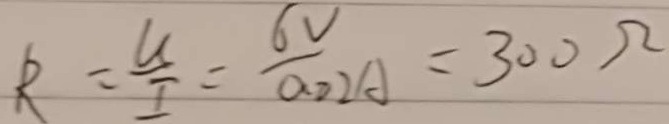
R = \frac { U } { I } = \frac { 6 V } { a _ { 0 } 2 A } = 3 0 0 \Omega